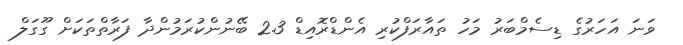
ވަނަ އަހަރުގެ ޑިސެމްބަރު މަހު ތައާރަފްކުރި އެންޑްރޮއިޑް 2.3 ބޭނުންކުރަމުންދާ ފަރާތްތަކަށް ގޫގަލް